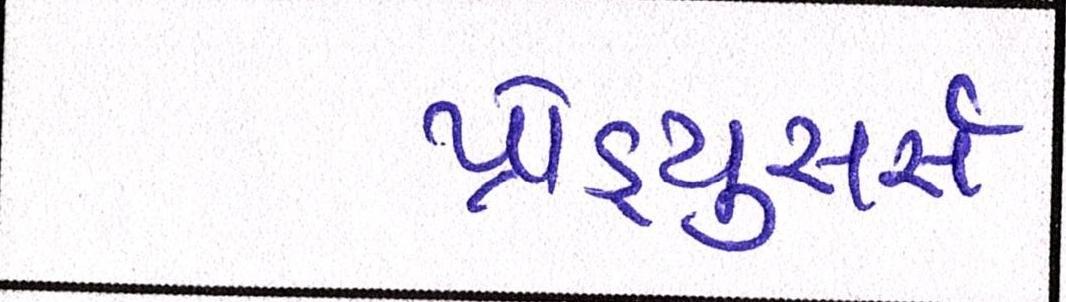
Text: પ્રોડ્યુસર્સ